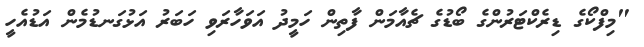
"މިފްކޯގެ ޑިރެކްޓަރުންގެ ބޯޑުގެ ޗެއާމަން ފާތިން ހަމީދު އަވަހާރަވި ހަބަރު އަޅުގަނޑުމެން އަޑުއެހީ